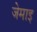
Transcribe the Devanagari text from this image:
जेमाइ